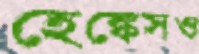
হেঙ্কেসও